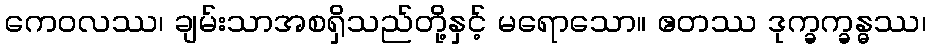
ကေဝလဿ၊ ချမ်းသာအစရှိသည်တို့နှင့် မရောသော။ ဧတဿ ဒုက္ခက္ခန္ဓဿ၊